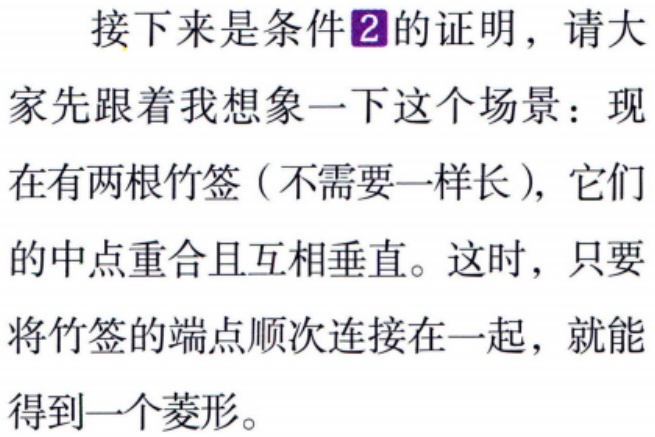
接下来是条件\(2\)的证明，请大家先跟着我想象一下这个场景：现在有两根竹签（不需要一样长），它们的中点重合且互相垂直。这时，只要将竹签的端点顺次连接在一起，就能得到一个菱形。